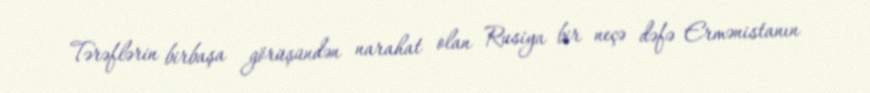
Tərəflərin birbaşa görüşündən narahat olan Rusiya bir neçə dəfə Ermənistanın